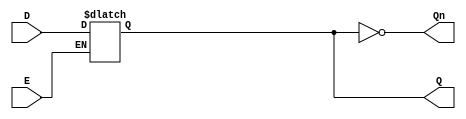
module GatedDLatch (
    input wire D,      // Data input
    input wire E,      // Enable input
    output reg Q,      // Output
    output wire Qn     // Complement of Q
);

// Complement of Q
assign Qn = ~Q;

// Always block for the gated latch behavior
always @(*) begin
    if (E) begin
        Q = D; // When E is high, output follows D
    end
    // When E is low, Q retains its previous value
end

endmodule